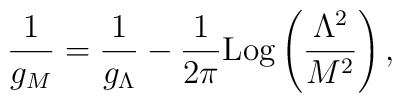
\frac{1}{g_M}=\frac{1}{g_\Lambda}-\frac{1}{2\pi} {\rm Log} \left(\frac{\Lambda^2}{M^2}\right),